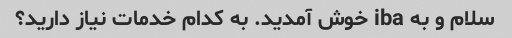
سلام و به iba خوش آمدید. به کدام خدمات نیاز دارید؟